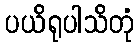
ပယိရုပါသိတုံ